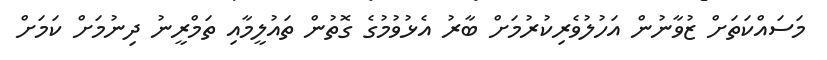
މަސައްކަތަށް ޒުވާނުން އަހުލުވެރިކުރުމަށް ބާރު އެޅުވުމުގެ ގޮތުން ތައުލީމާއި ތަމްރީނު ދިނުމަށް ކަމަށް